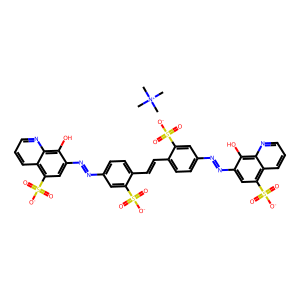
SMILES: C[N+](C)(C)C.O=S(=O)([O-])c1cc(N=Nc2cc(S(=O)(=O)[O-])c3cccnc3c2O)ccc1C=Cc1ccc(N=Nc2cc(S(=O)(=O)[O-])c3cccnc3c2O)cc1S(=O)(=O)[O-]
Inhibits HIV replication: Yes